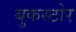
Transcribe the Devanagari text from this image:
बुकस्‍टोर